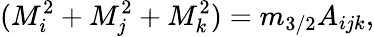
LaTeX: (M_{i}^{2}+M_{j}^{2}+M_{k}^{2})=m_{3/2}A_{ijk},